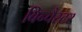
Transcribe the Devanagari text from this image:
बिन्चैस्टर